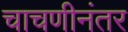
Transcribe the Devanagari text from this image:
चाचणीनंतर